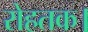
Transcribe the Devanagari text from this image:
रोहतक।